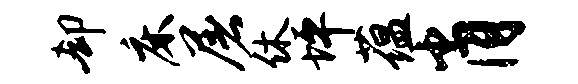
却床屠休坪蕴肖